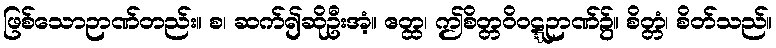
ဖြစ်သောဉာဏ်တည်း။ စ၊ ဆက်၍ဆိုဦးအံ့။ ဧတ္ထ၊ ဤစိတ္တဝိဝဋ္ဋဉာဏ်၌။ စိတ္တံ၊ စိတ်သည်။